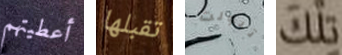
أعطيتهم تقبلها تبولت تلك